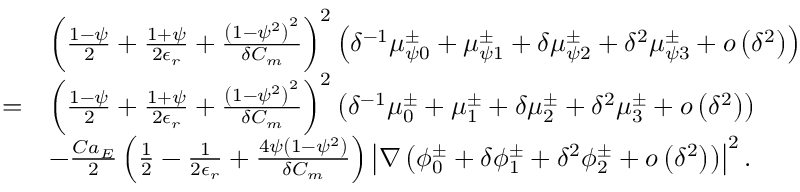
\begin{array} { r l } & { \left( \frac { 1 - \psi } { 2 } + \frac { 1 + \psi } { 2 \epsilon _ { r } } + \frac { \left( 1 - \psi ^ { 2 } \right) ^ { 2 } } { \delta C _ { m } } \right) ^ { 2 } \left( \delta ^ { - 1 } \mu _ { \psi 0 } ^ { \pm } + \mu _ { \psi 1 } ^ { \pm } + \delta \mu _ { \psi 2 } ^ { \pm } + \delta ^ { 2 } \mu _ { \psi 3 } ^ { \pm } + o \left( \delta ^ { 2 } \right) \right) } \\ { = } & { \left( \frac { 1 - \psi } { 2 } + \frac { 1 + \psi } { 2 \epsilon _ { r } } + \frac { \left( 1 - \psi ^ { 2 } \right) ^ { 2 } } { \delta C _ { m } } \right) ^ { 2 } \left( \delta ^ { - 1 } \mu _ { 0 } ^ { \pm } + \mu _ { 1 } ^ { \pm } + \delta \mu _ { 2 } ^ { \pm } + \delta ^ { 2 } \mu _ { 3 } ^ { \pm } + o \left( \delta ^ { 2 } \right) \right) } \\ & { - \frac { C a _ { E } } { 2 } \left( \frac { 1 } { 2 } - \frac { 1 } { 2 \epsilon _ { r } } + \frac { 4 \psi \left( 1 - \psi ^ { 2 } \right) } { \delta C _ { m } } \right) \left| \nabla \left( \phi _ { 0 } ^ { \pm } + \delta \phi _ { 1 } ^ { \pm } + \delta ^ { 2 } \phi _ { 2 } ^ { \pm } + o \left( \delta ^ { 2 } \right) \right) \right| ^ { 2 } . } \end{array}